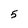
Character: 5